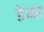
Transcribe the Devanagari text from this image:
डेथ्स